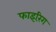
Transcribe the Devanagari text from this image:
फाइरिंग